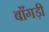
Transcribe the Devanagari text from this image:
बाँगड़ी